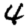
Digit: 4